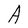
Character: A